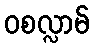
ဝစလ္လာမ်